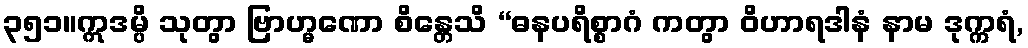
၃၅၁။ဣဒမ္ပိ သုတွာ ဗြာဟ္မဏော စိန္တေသိ “ဓနပရိစ္စာဂံ ကတွာ ဝိဟာရဒါနံ နာမ ဒုက္ကရံ,